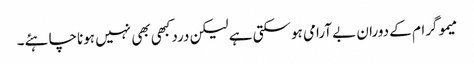
میموگرام کے دوران بے آرامی ہوسکتی ہے لیکن دردکبھی بھی نہیں ہوناچاہئے۔